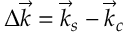
\Delta \vec { k } = \vec { k } _ { s } - \vec { k } _ { c }